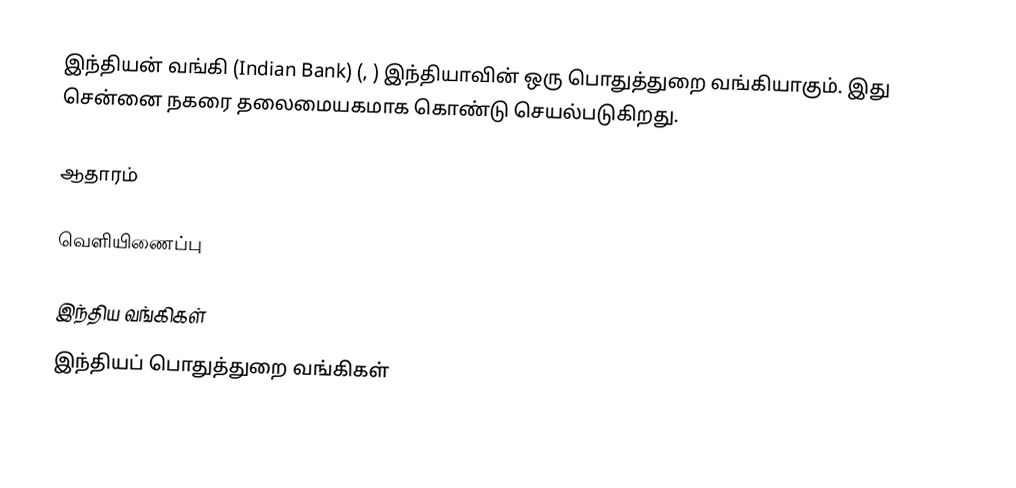
இந்தியன் வங்கி (Indian Bank) (, ) இந்தியாவின்  ஒரு  பொதுத்துறை வங்கியாகும். இது சென்னை நகரை தலைமையகமாக கொண்டு செயல்படுகிறது.

ஆதாரம்

வெளியிணைப்பு

இந்திய வங்கிகள்
இந்தியப் பொதுத்துறை வங்கிகள்